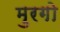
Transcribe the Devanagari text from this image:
मुरगो